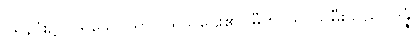
ဝိရနိဂုံး၌။ ဝိရသေဋ္ဌိယာ၊ ဝိရသူဌေး၏။ ဓီတာယ၊ သမီးသည်။ ဒိန္နံ၊